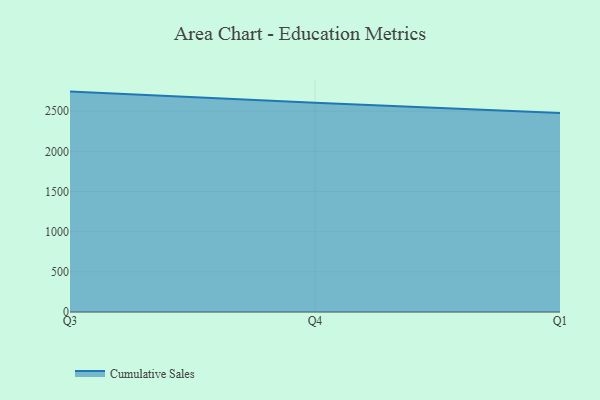
{"axis": {"x": "Quarter", "y": "Population (Million)"}, "legend": ["Cumulative Sales"], "data": [{"x": "Q3", "y": 2743.5, "type": "Cumulative Sales"}, {"x": "Q4", "y": 2603.7, "type": "Cumulative Sales"}, {"x": "Q1", "y": 2477.9, "type": "Cumulative Sales"}]}